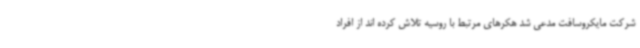
شرکت مایکروسافت مدعی شد هکرهای مرتبط با روسیه تلاش کرده اند از افراد